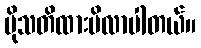
ပိုသတိထားမိလာပါတယ်။